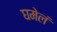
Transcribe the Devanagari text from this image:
घमेलं